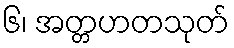
၆၊ အတ္တဟတသုတ်